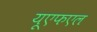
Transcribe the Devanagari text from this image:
यूएफएल